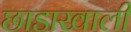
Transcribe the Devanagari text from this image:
छाडाखाली